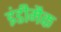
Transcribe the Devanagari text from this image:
इंडीमैक